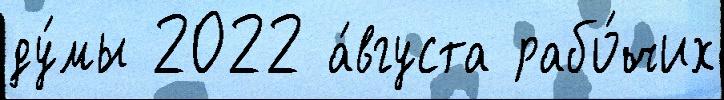
ду́мы 2022 а́вгуста рабо́чих